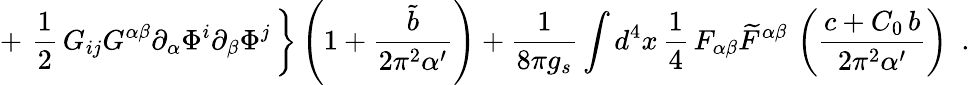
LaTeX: +\, \left.\frac{1}{2}\, G_{ij}G^{\alpha\beta}\partial_{\alpha}\Phi^{i}\partial_{\beta}\Phi^{j}\, \right\} \left(1+\frac{{\tilde{b}}}{2\pi^{2}\alpha^{\prime}}\right)+\frac{1}{8\pi g_{s}}\int d^{4}x\, \frac{1}{4}\, F_{\alpha\beta}{\widetilde{F}}^{\alpha\beta}\, \left(\frac{c+C_{0}\, b}{2\pi^{2}\alpha^{\prime}}\right)~~.